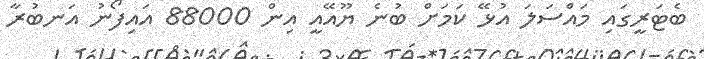
ބެޓަރީގައި މައްސަލަ އުޅޭ ކަމަށް ބުނެ ޔޫއޭއީ އިން 88000 އައިފޯނު އަނބުރާ